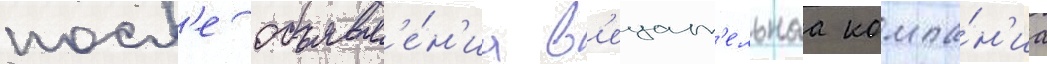
посл'е объявл'е́н'иа в'ещат'ельнаа компа́н'иа